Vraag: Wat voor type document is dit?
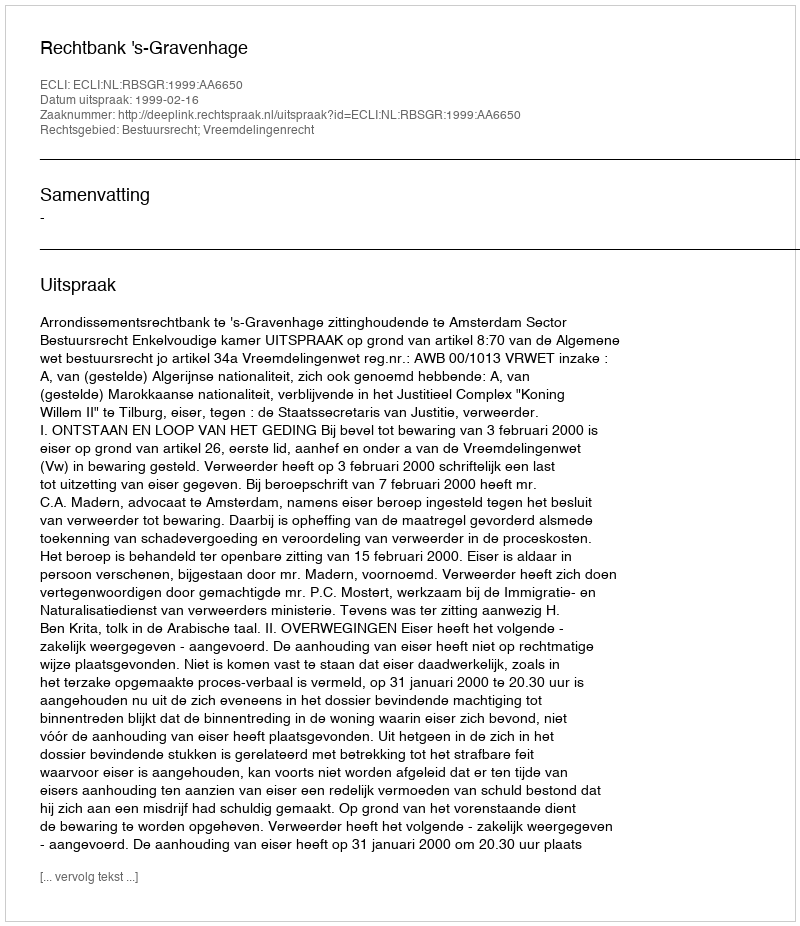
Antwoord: Uitspraak